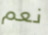
نعم